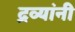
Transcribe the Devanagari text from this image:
द्रव्यांनी